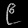
Digit: ၉